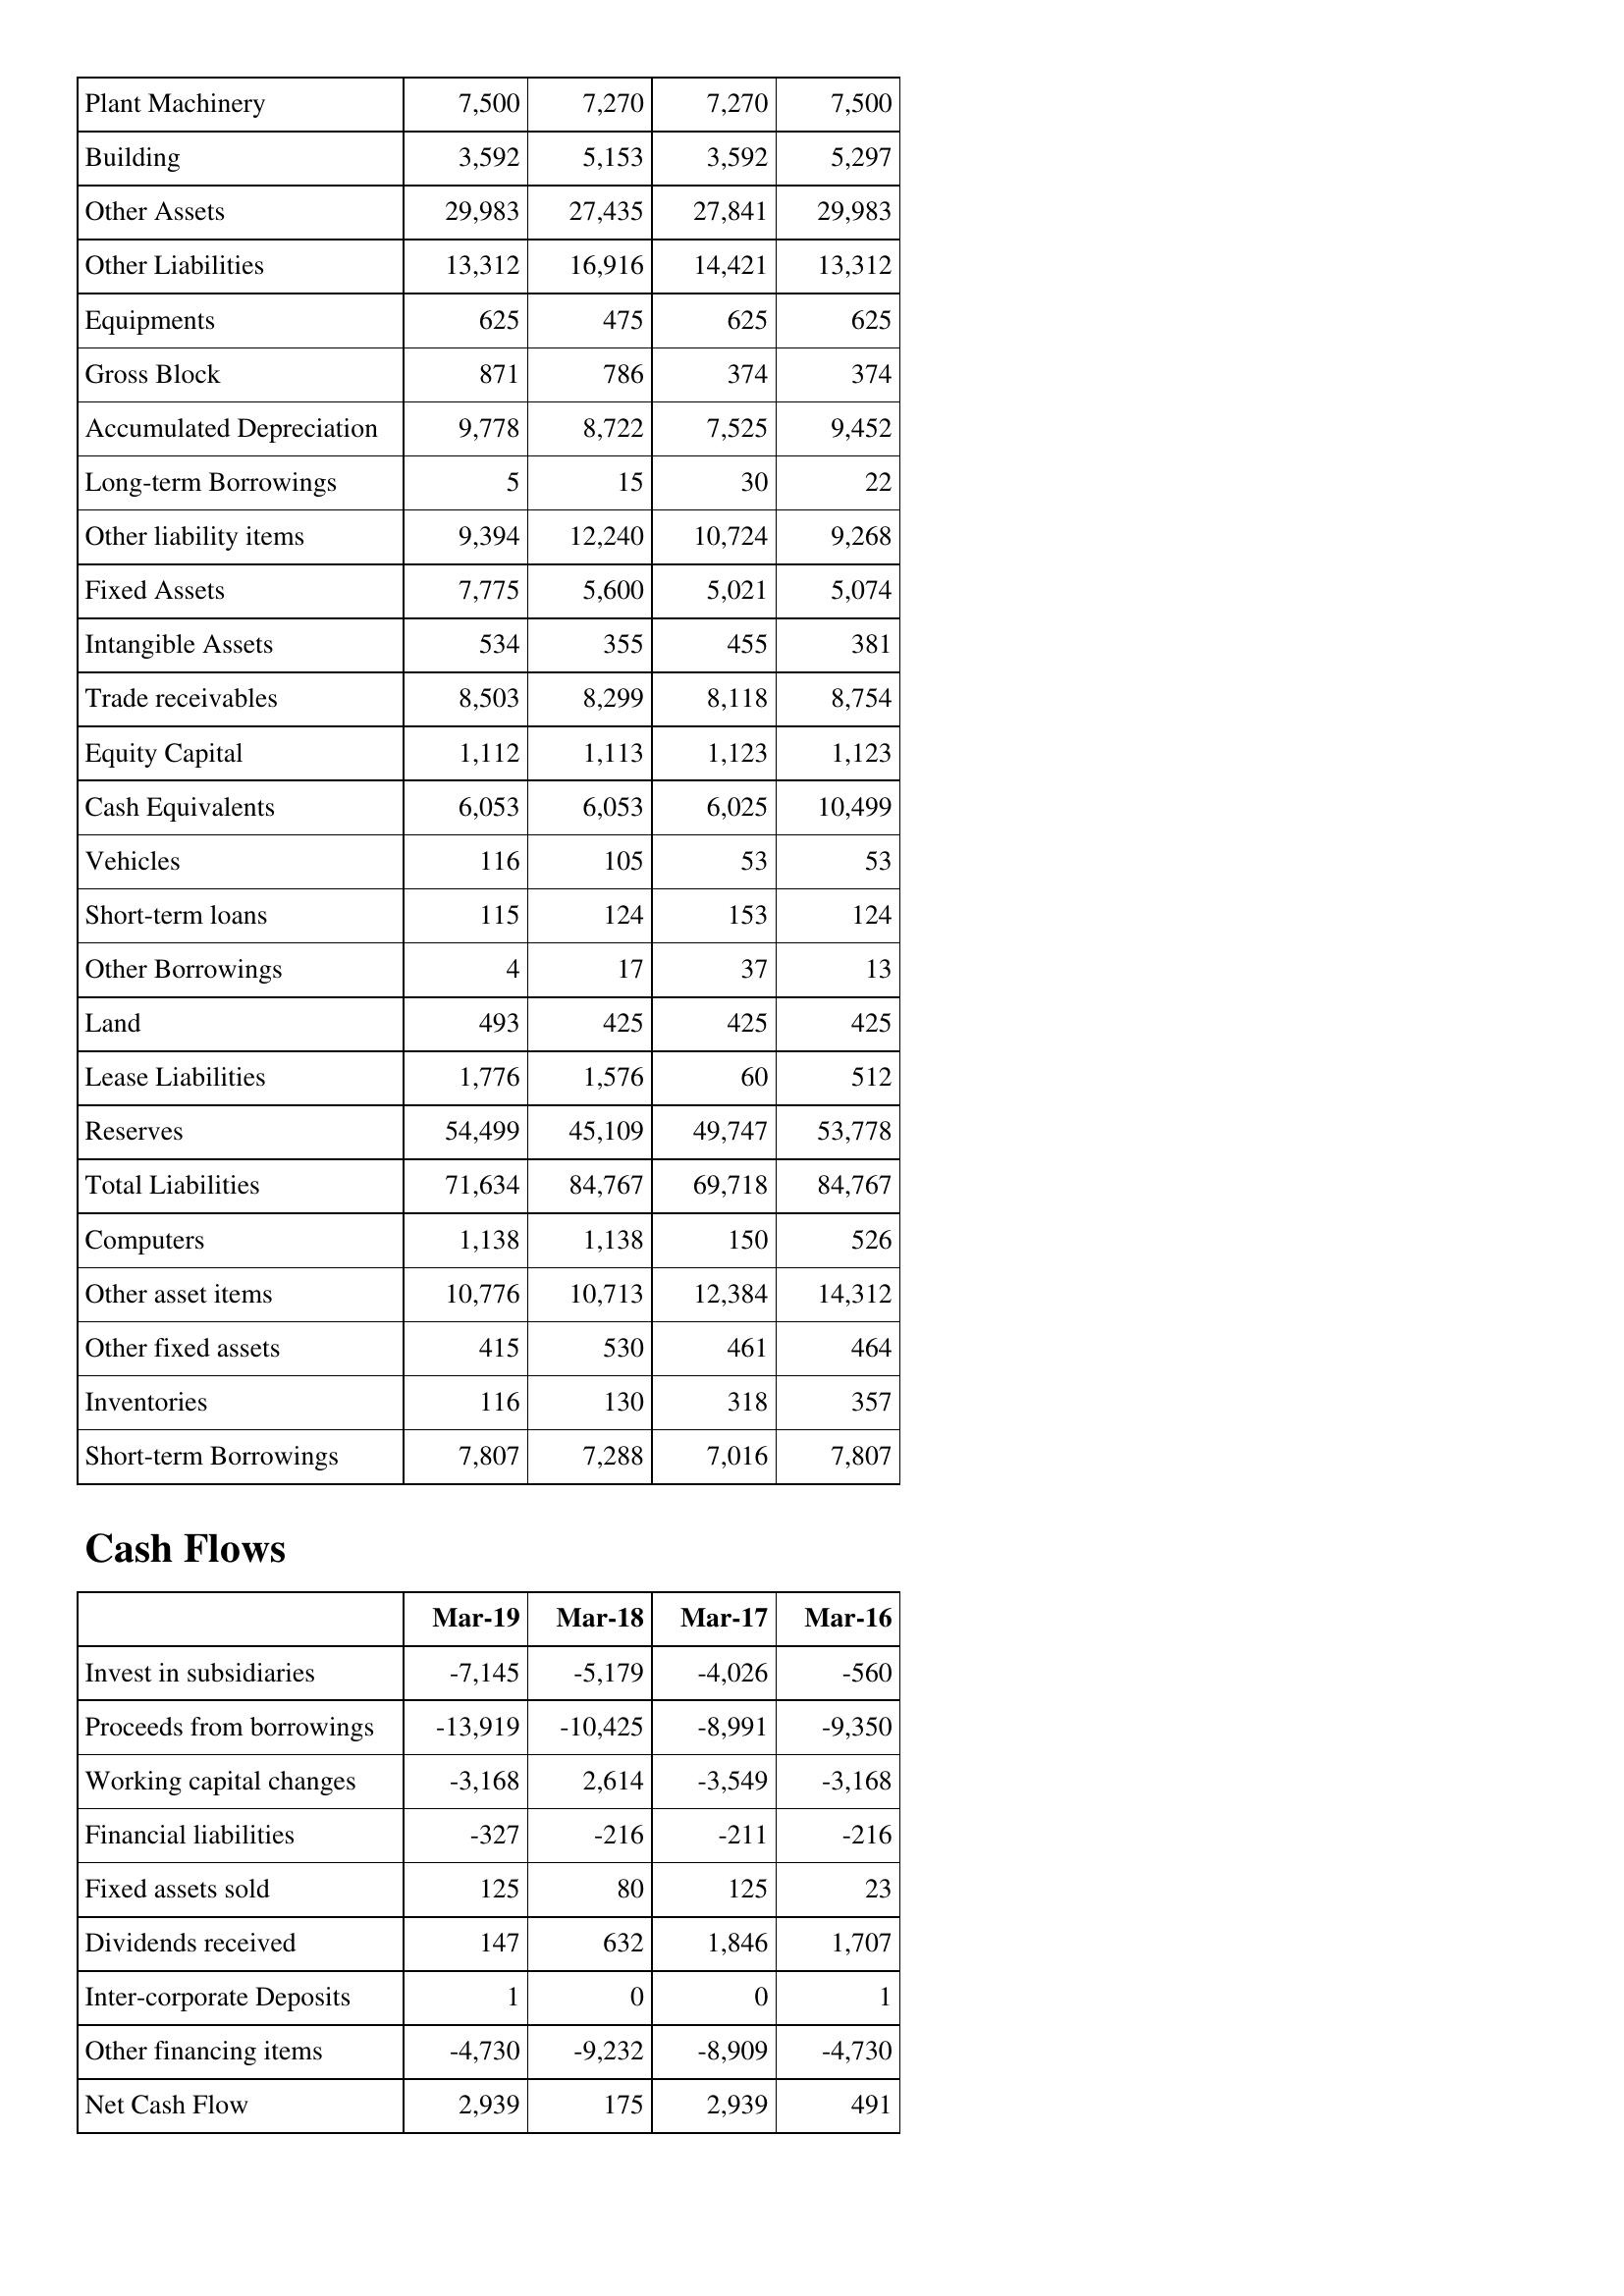
Mar-19: Balance Sheet: Plant Machinery: 7,500
Building: 3,592
Other Assets: 29,983
Other Liabilities: 13,312
Equipments: 625
Gross Block: 871
Accumulated Depreciation: 9,778
Long-term Borrowings: 5
Other liability items: 9,394
Fixed Assets: 7,775
Intangible Assets: 534
Trade receivables: 8,503
Equity Capital: 1,112
Cash Equivalents: 6,053
Vehicles: 116
Short-term loans: 115
Other Borrowings: 4
Land: 493
Lease Liabilities: 1,776
Reserves: 54,499
Total Liabilities: 71,634
Computers: 1,138
Other asset items: 10,776
Other fixed assets: 415
Inventories: 116
Short-term Borrowings: 7,807
Cash Flows: Invest in subsidiaries: -7,145
Proceeds from borrowings: -13,919
Working capital changes: -3,168
Financial liabilities: -327
Fixed assets sold: 125
Dividends received: 147
Inter-corporate Deposits: 1
Other financing items: -4,730
Net Cash Flow: 2,939
Mar-18: Balance Sheet: Plant Machinery: 7,270
Building: 5,153
Other Assets: 27,435
Other Liabilities: 16,916
Equipments: 475
Gross Block: 786
Accumulated Depreciation: 8,722
Long-term Borrowings: 15
Other liability items: 12,240
Fixed Assets: 5,600
Intangible Assets: 355
Trade receivables: 8,299
Equity Capital: 1,113
Cash Equivalents: 6,053
Vehicles: 105
Short-term loans: 124
Other Borrowings: 17
Land: 425
Lease Liabilities: 1,576
Reserves: 45,109
Total Liabilities: 84,767
Computers: 1,138
Other asset items: 10,713
Other fixed assets: 530
Inventories: 130
Short-term Borrowings: 7,288
Cash Flows: Invest in subsidiaries: -5,179
Proceeds from borrowings: -10,425
Working capital changes: 2,614
Financial liabilities: -216
Fixed assets sold: 80
Dividends received: 632
Inter-corporate Deposits: 0
Other financing items: -9,232
Net Cash Flow: 175
Mar-17: Balance Sheet: Plant Machinery: 7,270
Building: 3,592
Other Assets: 27,841
Other Liabilities: 14,421
Equipments: 625
Gross Block: 374
Accumulated Depreciation: 7,525
Long-term Borrowings: 30
Other liability items: 10,724
Fixed Assets: 5,021
Intangible Assets: 455
Trade receivables: 8,118
Equity Capital: 1,123
Cash Equivalents: 6,025
Vehicles: 53
Short-term loans: 153
Other Borrowings: 37
Land: 425
Lease Liabilities: 60
Reserves: 49,747
Total Liabilities: 69,718
Computers: 150
Other asset items: 12,384
Other fixed assets: 461
Inventories: 318
Short-term Borrowings: 7,016
Cash Flows: Invest in subsidiaries: -4,026
Proceeds from borrowings: -8,991
Working capital changes: -3,549
Financial liabilities: -211
Fixed assets sold: 125
Dividends received: 1,846
Inter-corporate Deposits: 0
Other financing items: -8,909
Net Cash Flow: 2,939
Mar-16: Balance Sheet: Plant Machinery: 7,500
Building: 5,297
Other Assets: 29,983
Other Liabilities: 13,312
Equipments: 625
Gross Block: 374
Accumulated Depreciation: 9,452
Long-term Borrowings: 22
Other liability items: 9,268
Fixed Assets: 5,074
Intangible Assets: 381
Trade receivables: 8,754
Equity Capital: 1,123
Cash Equivalents: 10,499
Vehicles: 53
Short-term loans: 124
Other Borrowings: 13
Land: 425
Lease Liabilities: 512
Reserves: 53,778
Total Liabilities: 84,767
Computers: 526
Other asset items: 14,312
Other fixed assets: 464
Inventories: 357
Short-term Borrowings: 7,807
Cash Flows: Invest in subsidiaries: -560
Proceeds from borrowings: -9,350
Working capital changes: -3,168
Financial liabilities: -216
Fixed assets sold: 23
Dividends received: 1,707
Inter-corporate Deposits: 1
Other financing items: -4,730
Net Cash Flow: 491